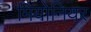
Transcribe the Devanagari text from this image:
मियोनियर